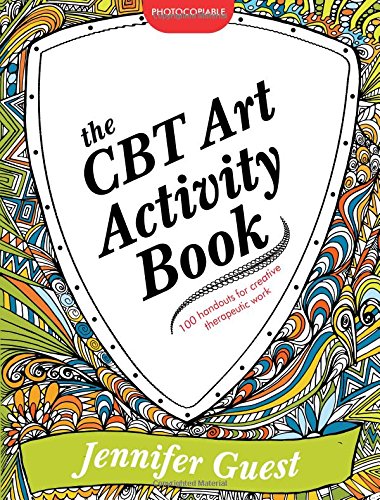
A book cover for The CBT Art Activity Book: 100 illustrated handouts for creative therapeutic work; Jennifer Guest; Education & Teaching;